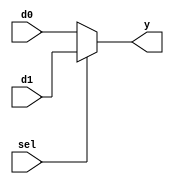

module mux2 #(parameter width = 4)(
input sel,
input [width -1: 0]d0,d1,
output [width -1: 0]y
); 

assign y = sel?d1:d0; 

endmodule 

// instance:
//  mux2 #(.width(  )) myMux(.sel(), .d0(), .d1(), .y());